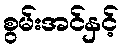
စွမ်းအင်နှင့်